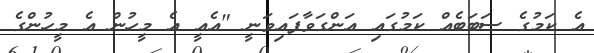
އެ ކަމުގެ ސަބަބެއް ކަމުގައި އަންގަވާފައިވަނީ "އެއީ އެ މީހުން އެ މީހުންގެ